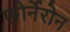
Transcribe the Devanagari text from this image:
फ़ोर्नेरोन